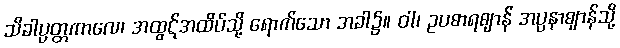
သိခါပ္ပတ္တကာလေ၊ အထွဋ်အထိပ်သို့ ရောက်သော အခါ၌။ ဝါ၊ ဥပစာရဈာန် အပ္ပနာဈာန်သို့